65_HS1-834228961_62-HQ-83894_Section_5
Agency: FBI
Page 37
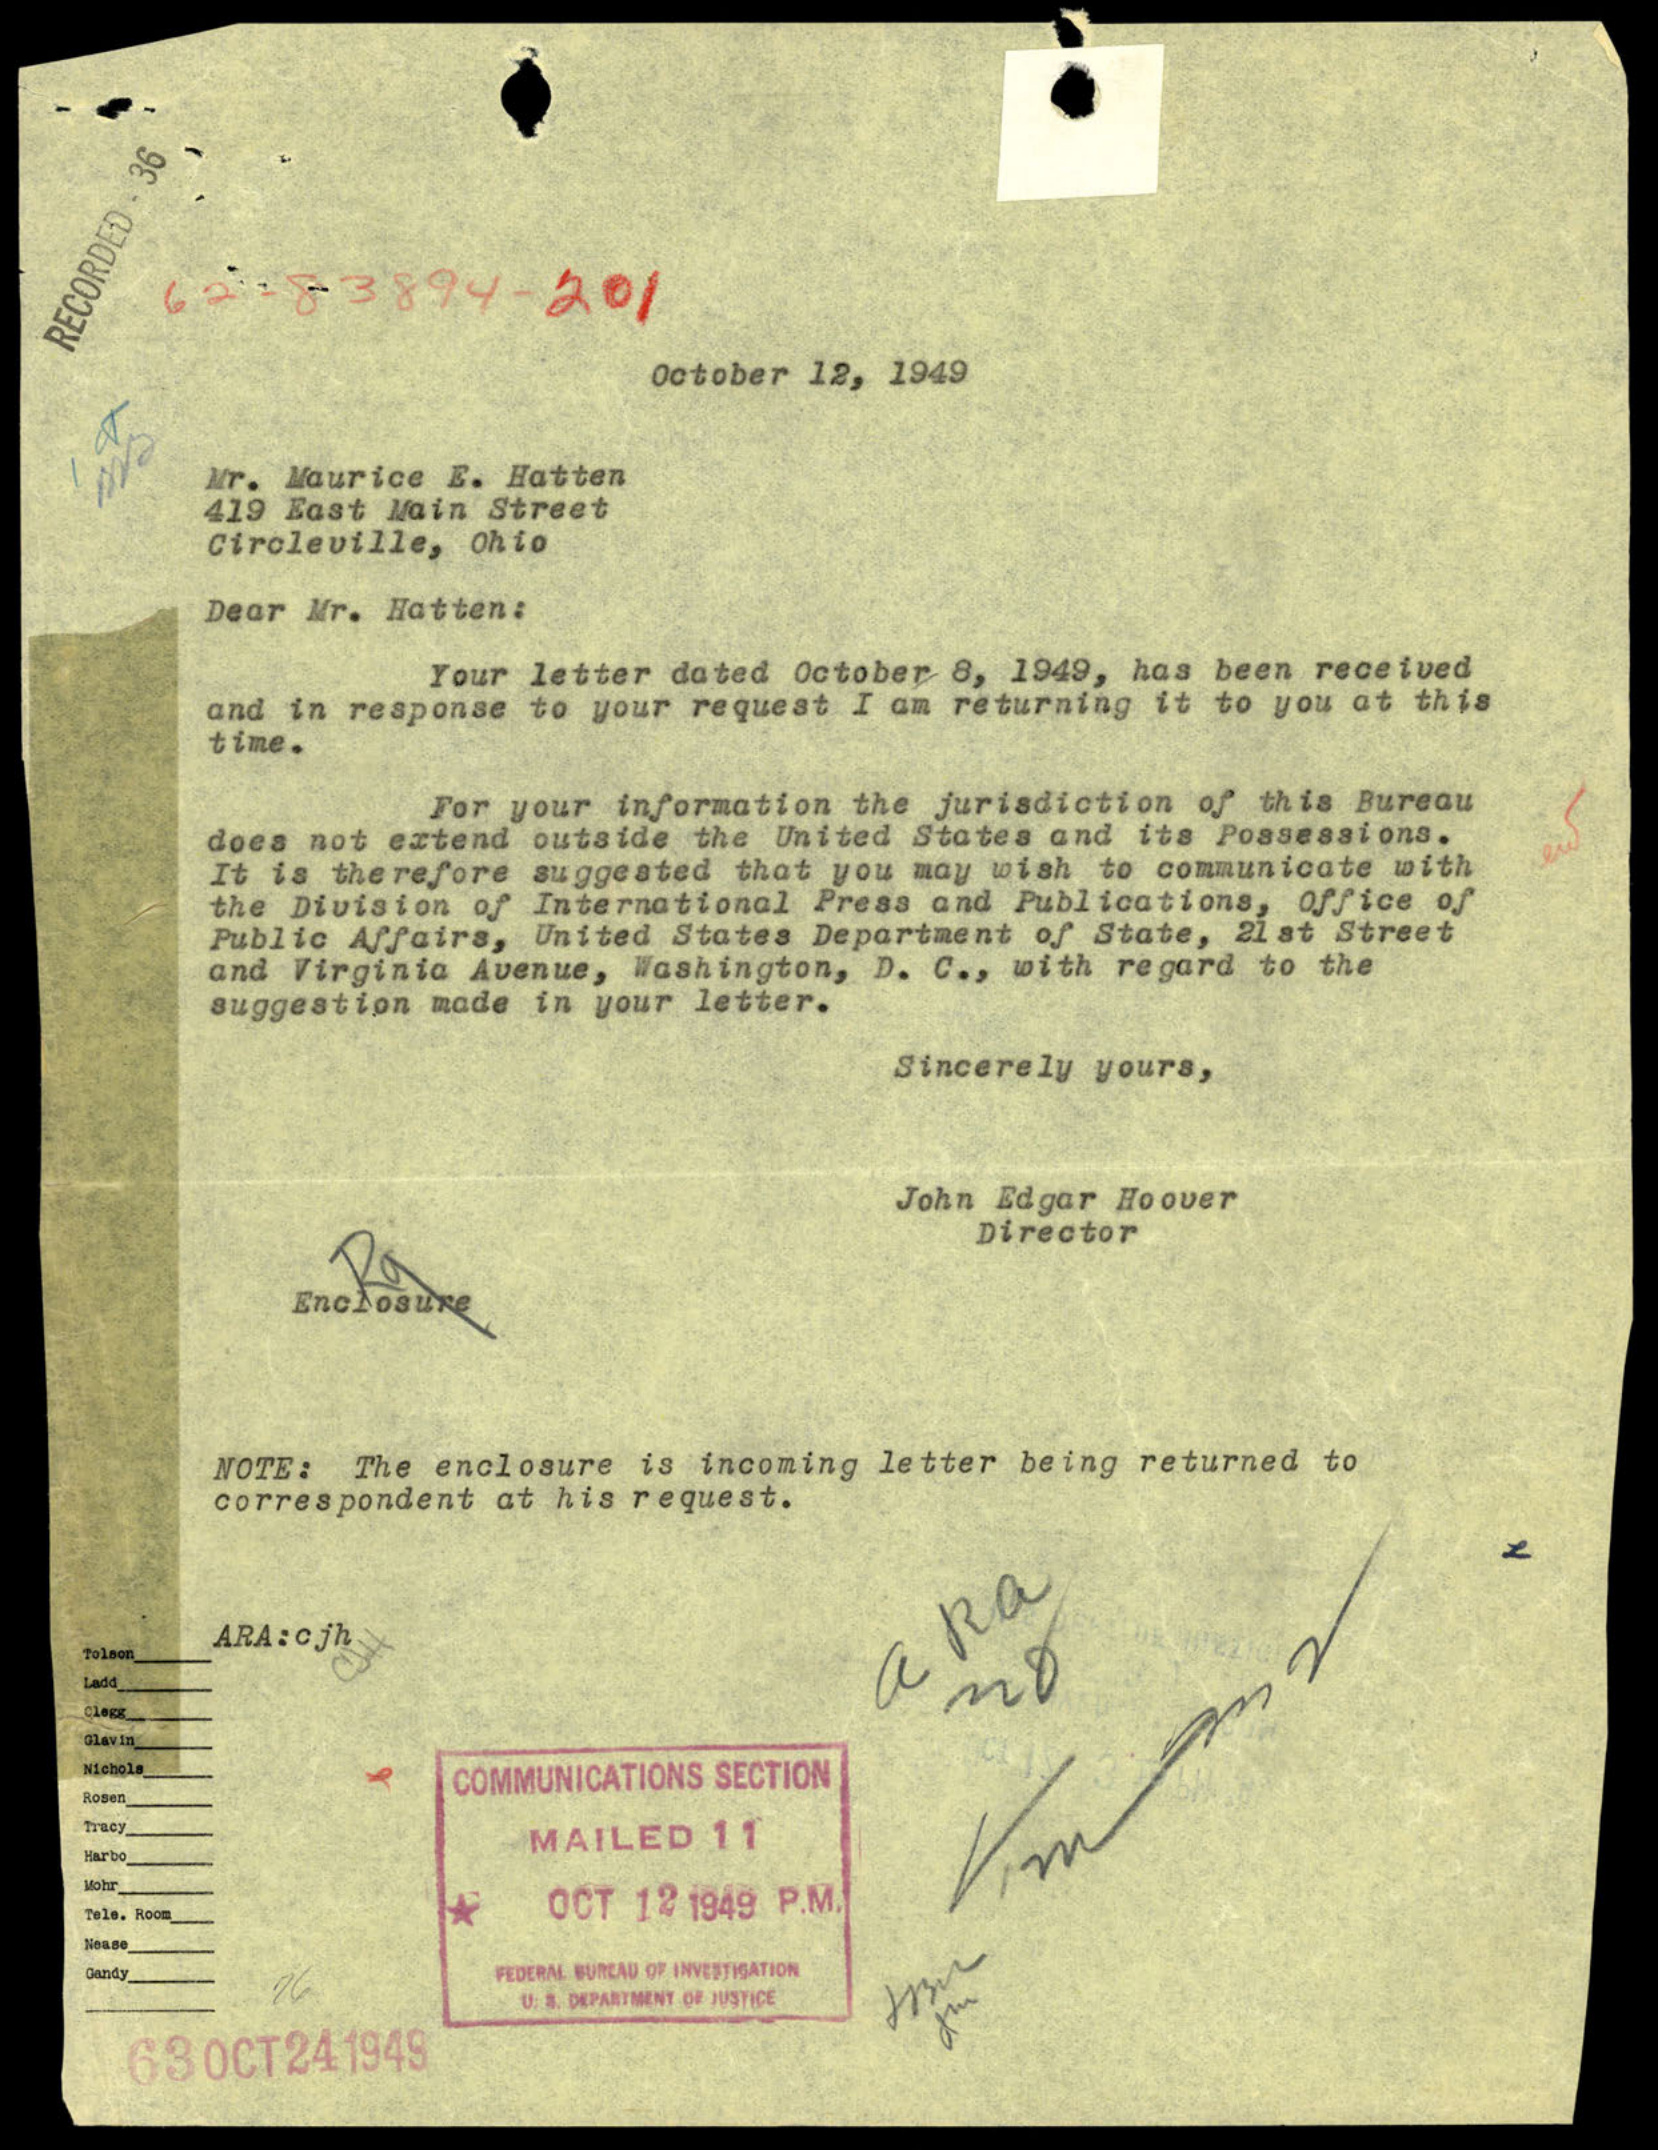